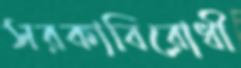
সরকাবিরোধী